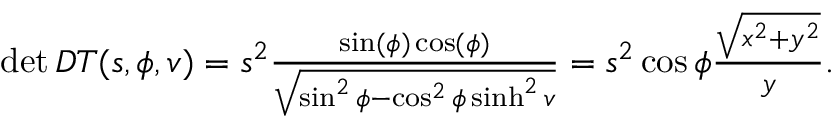
\begin{array} { r } { \operatorname* { d e t } D T ( s , \phi , v ) = s ^ { 2 } \frac { \sin ( \phi ) \cos ( \phi ) } { \sqrt { \sin ^ { 2 } \phi - \cos ^ { 2 } \phi \sinh ^ { 2 } v } } = s ^ { 2 } \cos \phi \frac { \sqrt { x ^ { 2 } + y ^ { 2 } } } { y } . } \end{array}